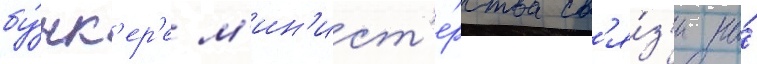
бу́нк'ер'е м'ин'ист'е́рства св'я́з'и на́